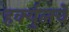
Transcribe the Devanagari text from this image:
हर्क्युलचे